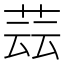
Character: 𦱚